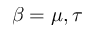
\beta = \mu , \tau